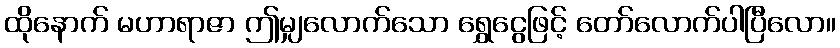
ထိုနောက် မဟာရာဇာ ဤမျှလောက်သော ရွှေငွေဖြင့် တော်လောက်ပါပြီလော။